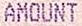
AMOUNT